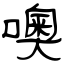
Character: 噢